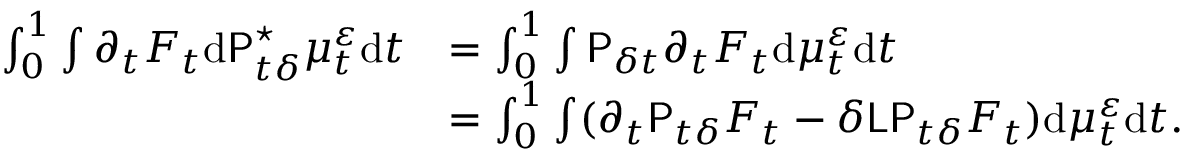
\begin{array} { r l } { \int _ { 0 } ^ { 1 } \int \partial _ { t } F _ { t } \mathrm { d } \mathsf { P } _ { t \delta } ^ { \star } \mu _ { t } ^ { \varepsilon } \mathrm { d } t } & { = \int _ { 0 } ^ { 1 } \int \mathsf { P } _ { \delta t } \partial _ { t } F _ { t } \mathrm { d } \mu _ { t } ^ { \varepsilon } \mathrm { d } t } \\ & { = \int _ { 0 } ^ { 1 } \int ( \partial _ { t } \mathsf { P } _ { t \delta } F _ { t } - \delta \mathsf { L } \mathsf { P } _ { t \delta } F _ { t } ) \mathrm { d } \mu _ { t } ^ { \varepsilon } \mathrm { d } t . } \end{array}